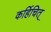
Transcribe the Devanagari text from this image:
कर्हिचित्